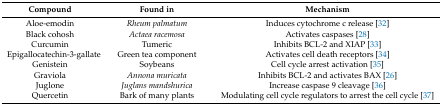
| Compound | Found in | Mechanism |
 | --- | --- | --- |
 | Aloe-emodin | Rheum palmatum | Induces cytochrome c release [32] |
 | Black cohosh | Actaea racemosa | Activates caspases [28] |
 | Curcumin | Tumeric | Inhibits BCL-2 and XIAP [33] |
 | Epigallocatechin-3-gallate | Green tea component | Activates cell death receptors [34] |
 | Genistein | Soybeans | Cell cycle arrest activation [35] |
 | Graviola | Annona muricata | Inhibits BCL-2 and activates BAX [26] |
 | Juglone | Juglans mandshurica | Increase caspase 9 cleavage [36] |
 | Quercetin | Bark of many plants | Modulating cell cycle regulators to arrest the cell cycle [37] |